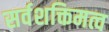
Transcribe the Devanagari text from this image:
सर्वशक्तिमत्व